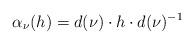
LaTeX: \begin{align*} \alpha_{\nu}(h) = d(\nu) \cdot h \cdot d(\nu)^{-1}\end{align*}